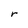
Character: r